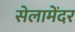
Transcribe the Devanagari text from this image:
सेलामेंदर